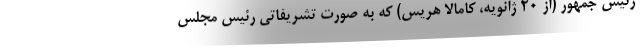
رئیس جمهور (از 20 ژانویه، کامالا هریس) که به صورت تشریفاتی رئیس مجلس